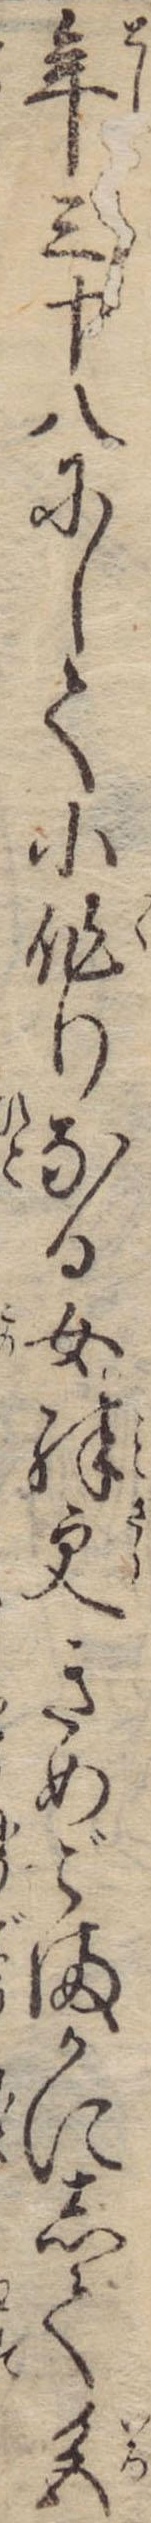
年三十八にして小作りなる女殊更きめごまかにして色